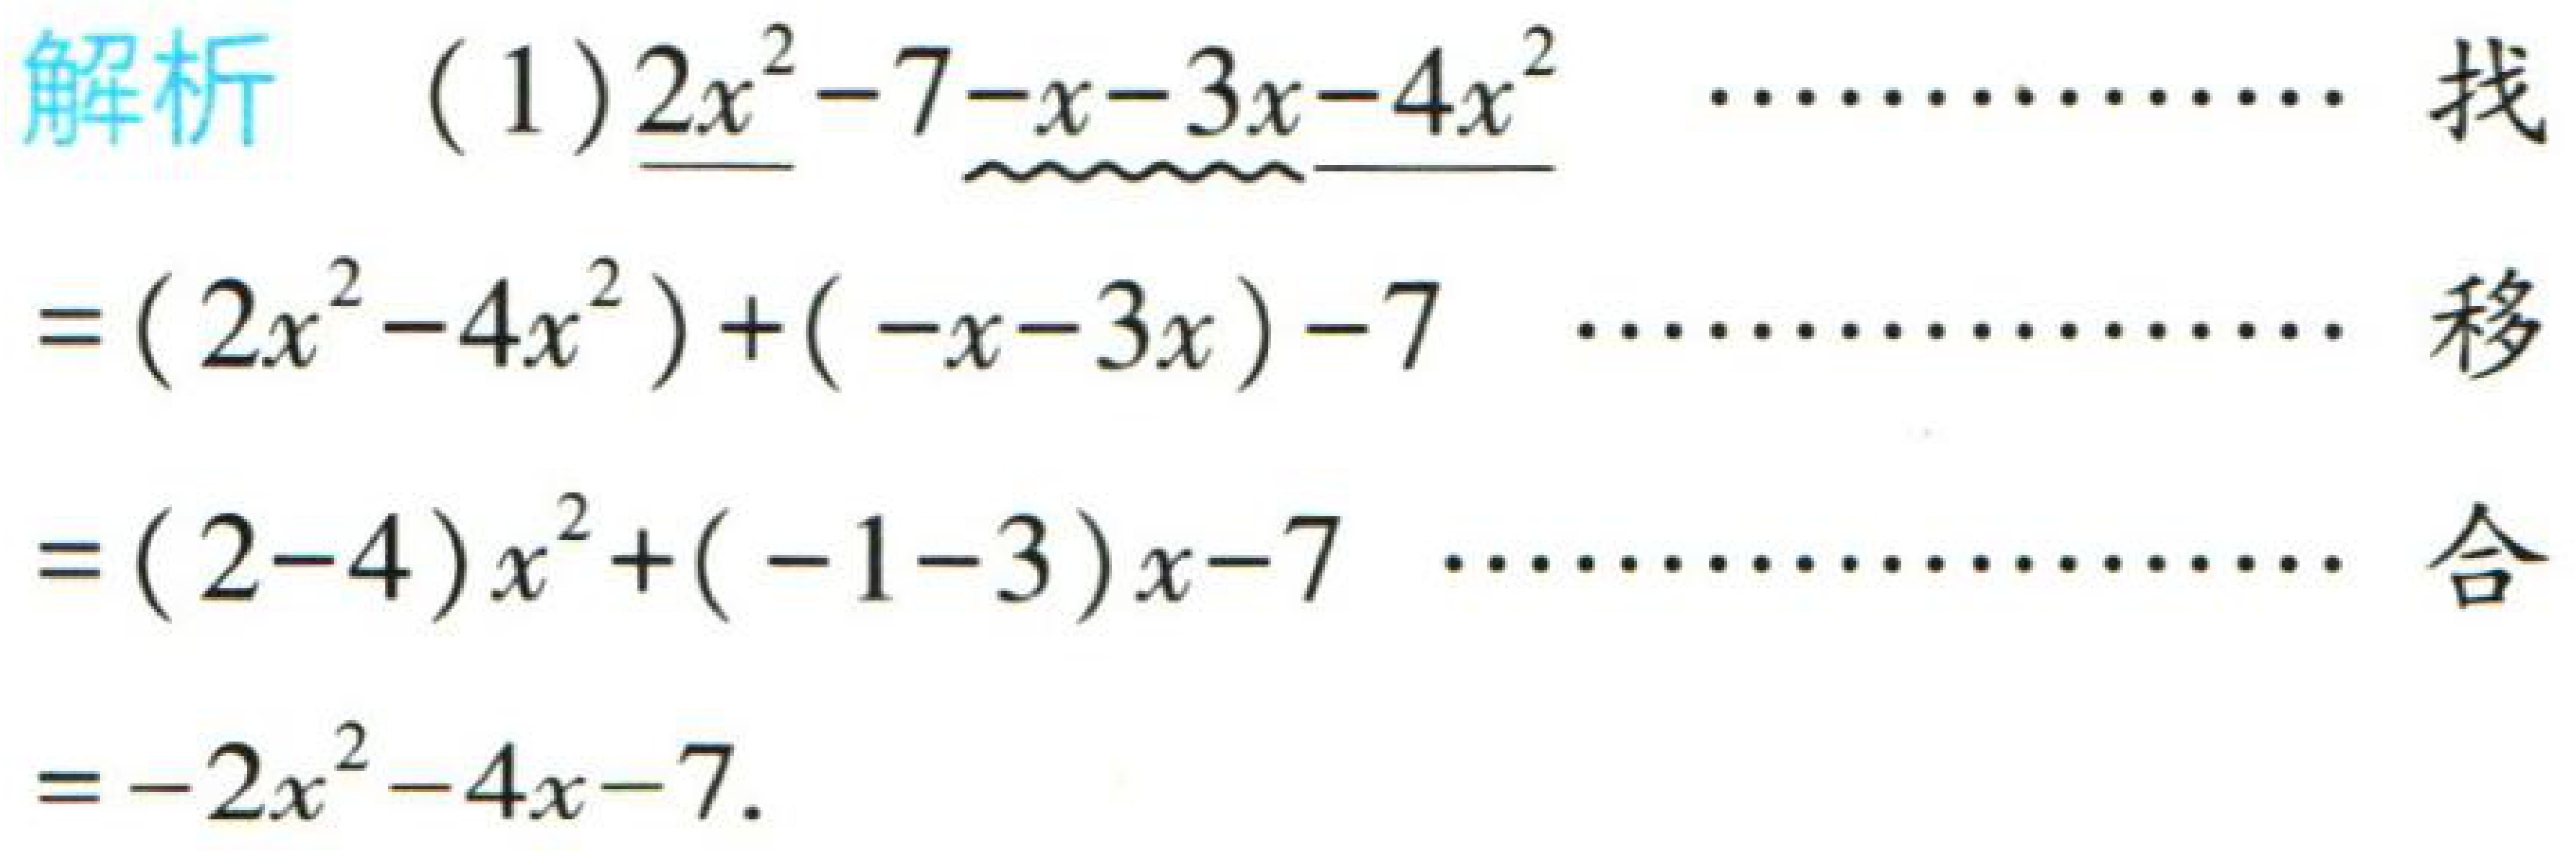
\begin{解析}

(1) \(2x^{2}-7 - x-3x - 4x^{2}\)  \(\cdots\cdots\) 找

\(=(2x^{2}-4x^{2})+(-x - 3x)-7\)  \(\cdots\cdots\) 移

\(=(2 - 4)x^{2}+(-1 - 3)x-7\)  \(\cdots\cdots\) 合

\(=-2x^{2}-4x - 7\).

\end{解析}